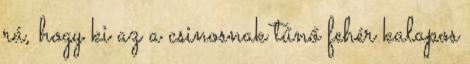
rá, hogy ki az a csinosnak tűnő fehér kalapos